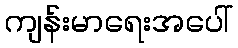
ကျန်းမာရေးအပေါ်